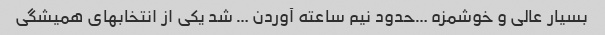
بسیار عالی و خوشمزه …حدود نیم ساعته آوردن … شد یکی از انتخابهای همیشگی